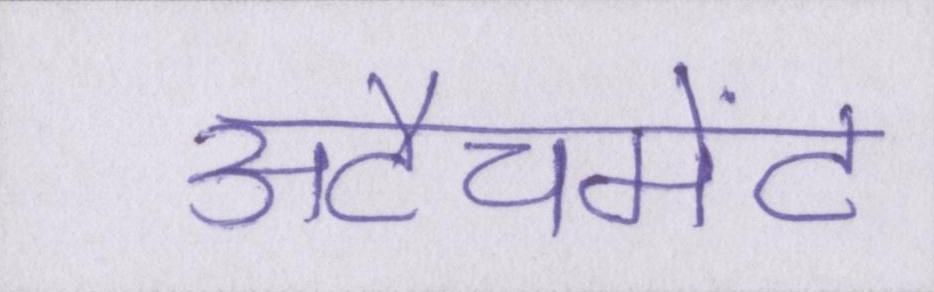
अटैचमेंट